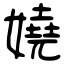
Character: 嬈